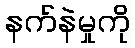
နက်နဲမှုကို